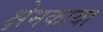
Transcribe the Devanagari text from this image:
क्षेमकाया